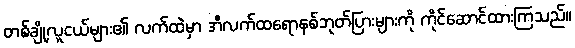
တစ်ချို့လူငယ်များ၏ လက်ထဲမှာ အီလက်ထရောနစ်ဘုတ်ပြားများကို ကိုင်ဆောင်ထားကြသည်။